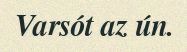
Varsót az ún.